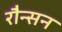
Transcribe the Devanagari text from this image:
रौन्सन